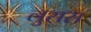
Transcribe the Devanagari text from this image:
लुसस